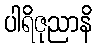
ပါရိဇုညာနိ